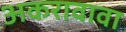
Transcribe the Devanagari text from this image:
अकरावावा